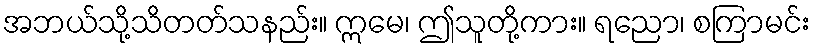
အဘယ်သို့သိတတ်သနည်း။ ဣမေ၊ ဤသူတို့ကား။ ရညော၊ စကြာမင်း